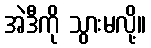
အဲဒီကို သွားမလို့။